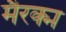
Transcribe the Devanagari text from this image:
मैरक्म